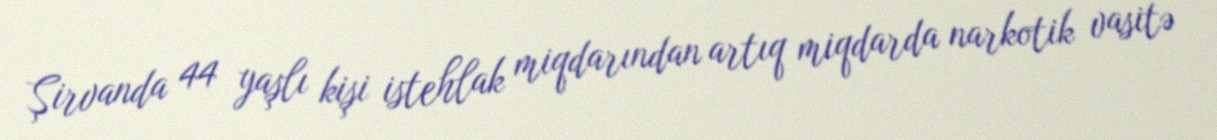
Şirvanda 44 yaşlı kişi istehlak miqdarından artıq miqdarda narkotik vasitə